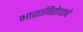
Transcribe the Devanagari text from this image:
भारतविरोधाचे